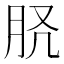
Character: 𦙉